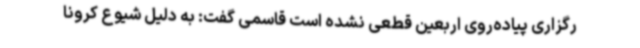
رگزاری پیاده‌روی اربعین قطعی نشده است قاسمی گفت: به دلیل شیوع کرونا